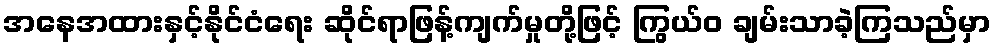
အနေအထားနှင့်နိုင်ငံရေး ဆိုင်ရာဖြန့်ကျက်မှုတို့ဖြင့် ကြွယ်ဝ ချမ်းသာခဲ့ကြသည်မှာ